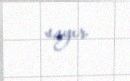
sayır.